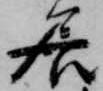
居